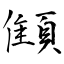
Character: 顀